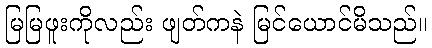
မြမြဖူးကိုလည်း ဖျတ်ကနဲ မြင်ယောင်မိသည်။